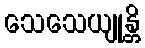
သေသေယျုန္တိ